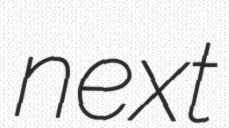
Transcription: next